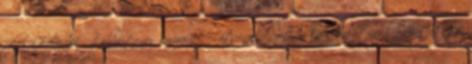
célja a különböző többfotonos ionizációs csatornák közötti kölcsönhatások kimutatása,